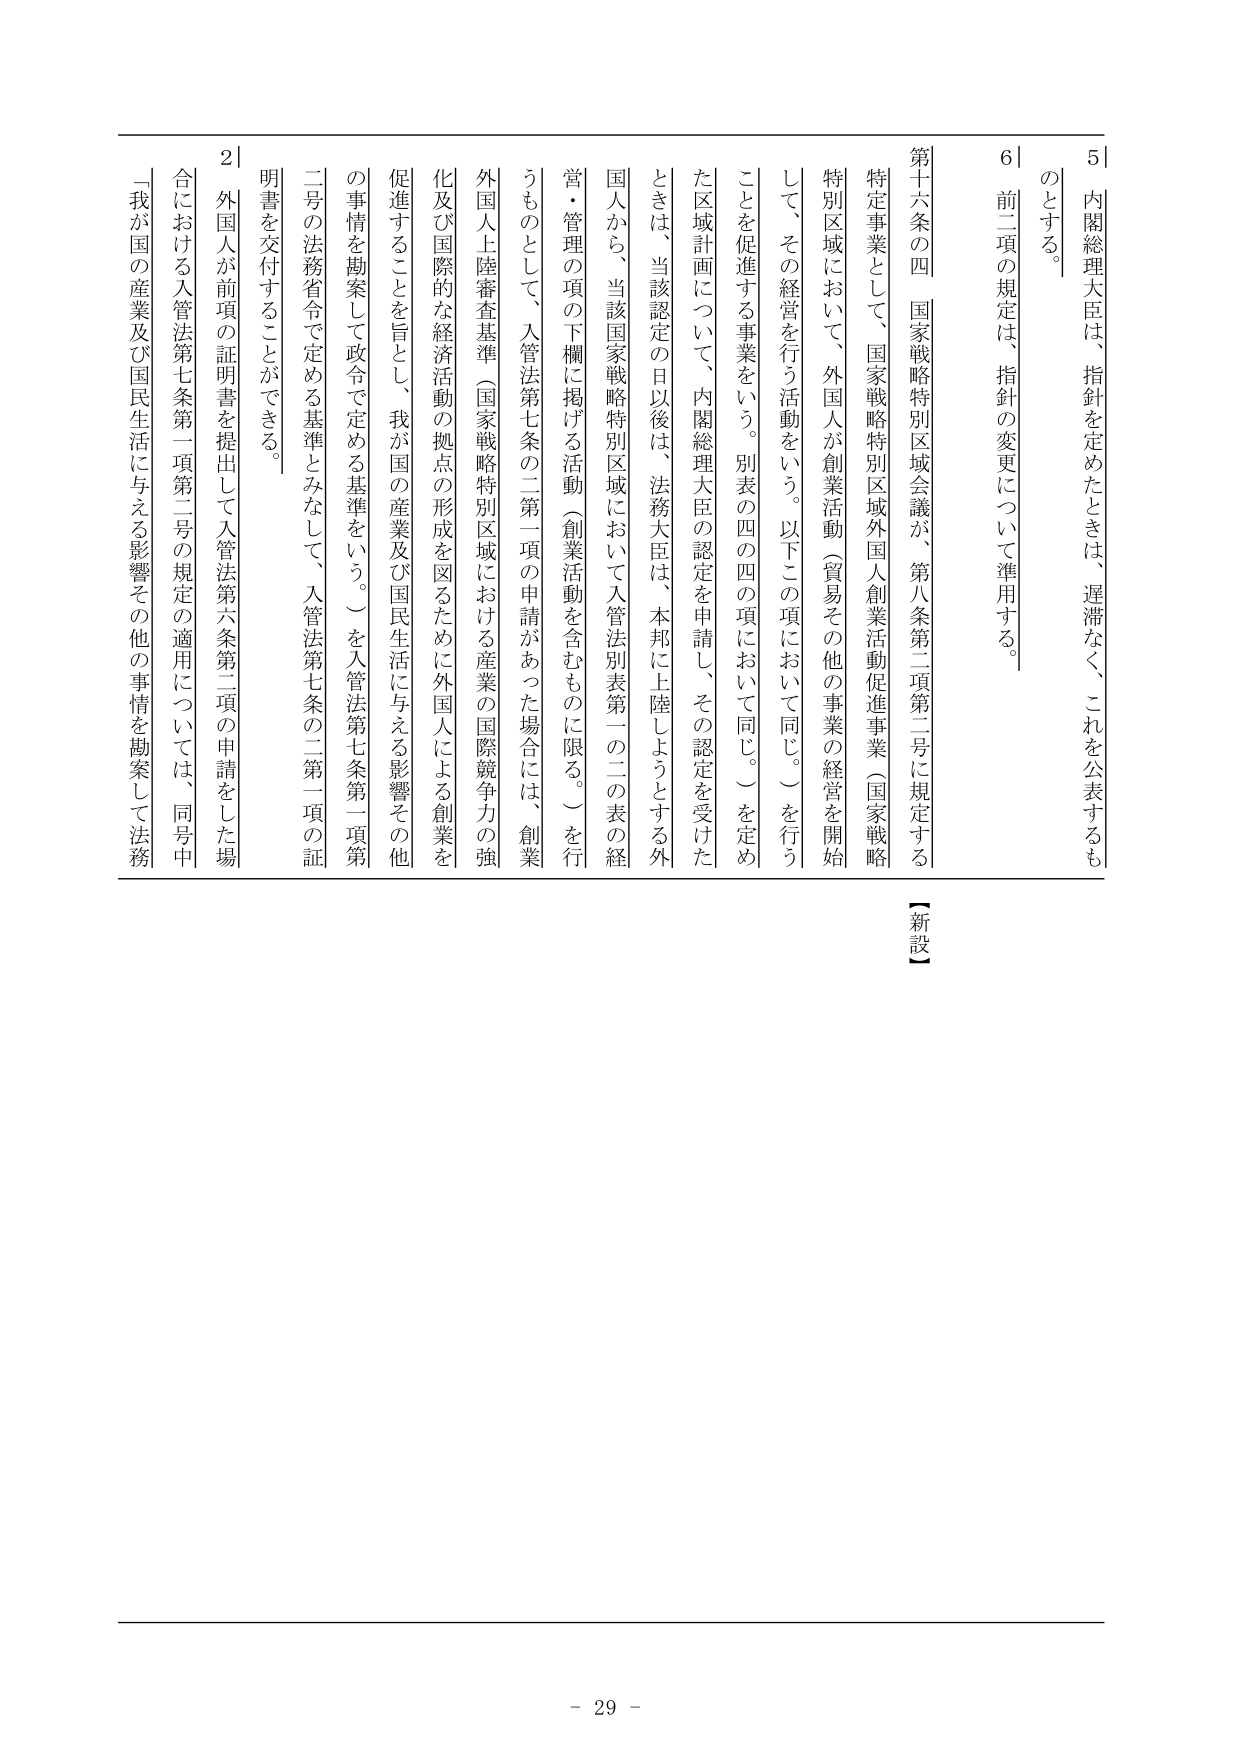
5| 内閣総理大臣は、指針を定めたときは、遅滞なく、これを公表するものとする。

6| 前二項の規定は、指針の変更について準用する。

第十六条の四 国家戦略特別区域会議が、第八条第二項第二号に規定する特定事業として、国家戦略特別区域外国人創業活動促進事業（国家戦略特別区域において、外国人が創業活動（貿易その他の事業の経営を開始して、その経営を行う活動をいう。以下この項において同じ。）を行うことを促進する事業をいう。別表の四の四の項において同じ。）を定めた区域計画について、内閣総理大臣の認定を申請し、その認定を受けたときは、当該認定の日以後は、法務大臣は、本邦に上陸しようとする外国人から、当該国家戦略特別区域において入管法別表第一の二の表の経営・管理の項の下欄に掲げる活動（創業活動を含むものに限る。）を行うものとして、入管法第七条の二第一項の申請があった場合には、創業外国人上陸審査基準（国家戦略特別区域における産業の国際競争力の強化及び国際的な経済活動の拠点の形成を図るために外国人による創業を促進することを旨とし、我が国の産業及び国民生活に与える影響その他の事情を勘案して政令で定める基準をいう。）を入管法第七条第一項第二号の法務省令で定める基準とみなして、入管法第七条の二第一項の証明書を交付することができる。

2| 外国人が前項の証明書を提出して入管法第六条第二項の申請をした場合における入管法第七条第一項第二号の規定の適用については、同号中「我が国の産業及び国民生活に与える影響その他の事情を勘案して法務

【新設】

- 29 -